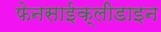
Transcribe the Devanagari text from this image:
फेनसाईक्लीडाइन